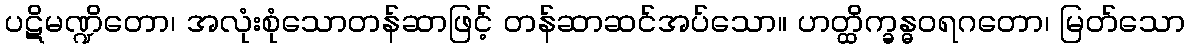
ပဋိမဏ္ဍိတော၊ အလုံးစုံသောတန်ဆာဖြင့် တန်ဆာဆင်အပ်သော။ ဟတ္ထိက္ခန္ဓဝရဂတော၊ မြတ်သော